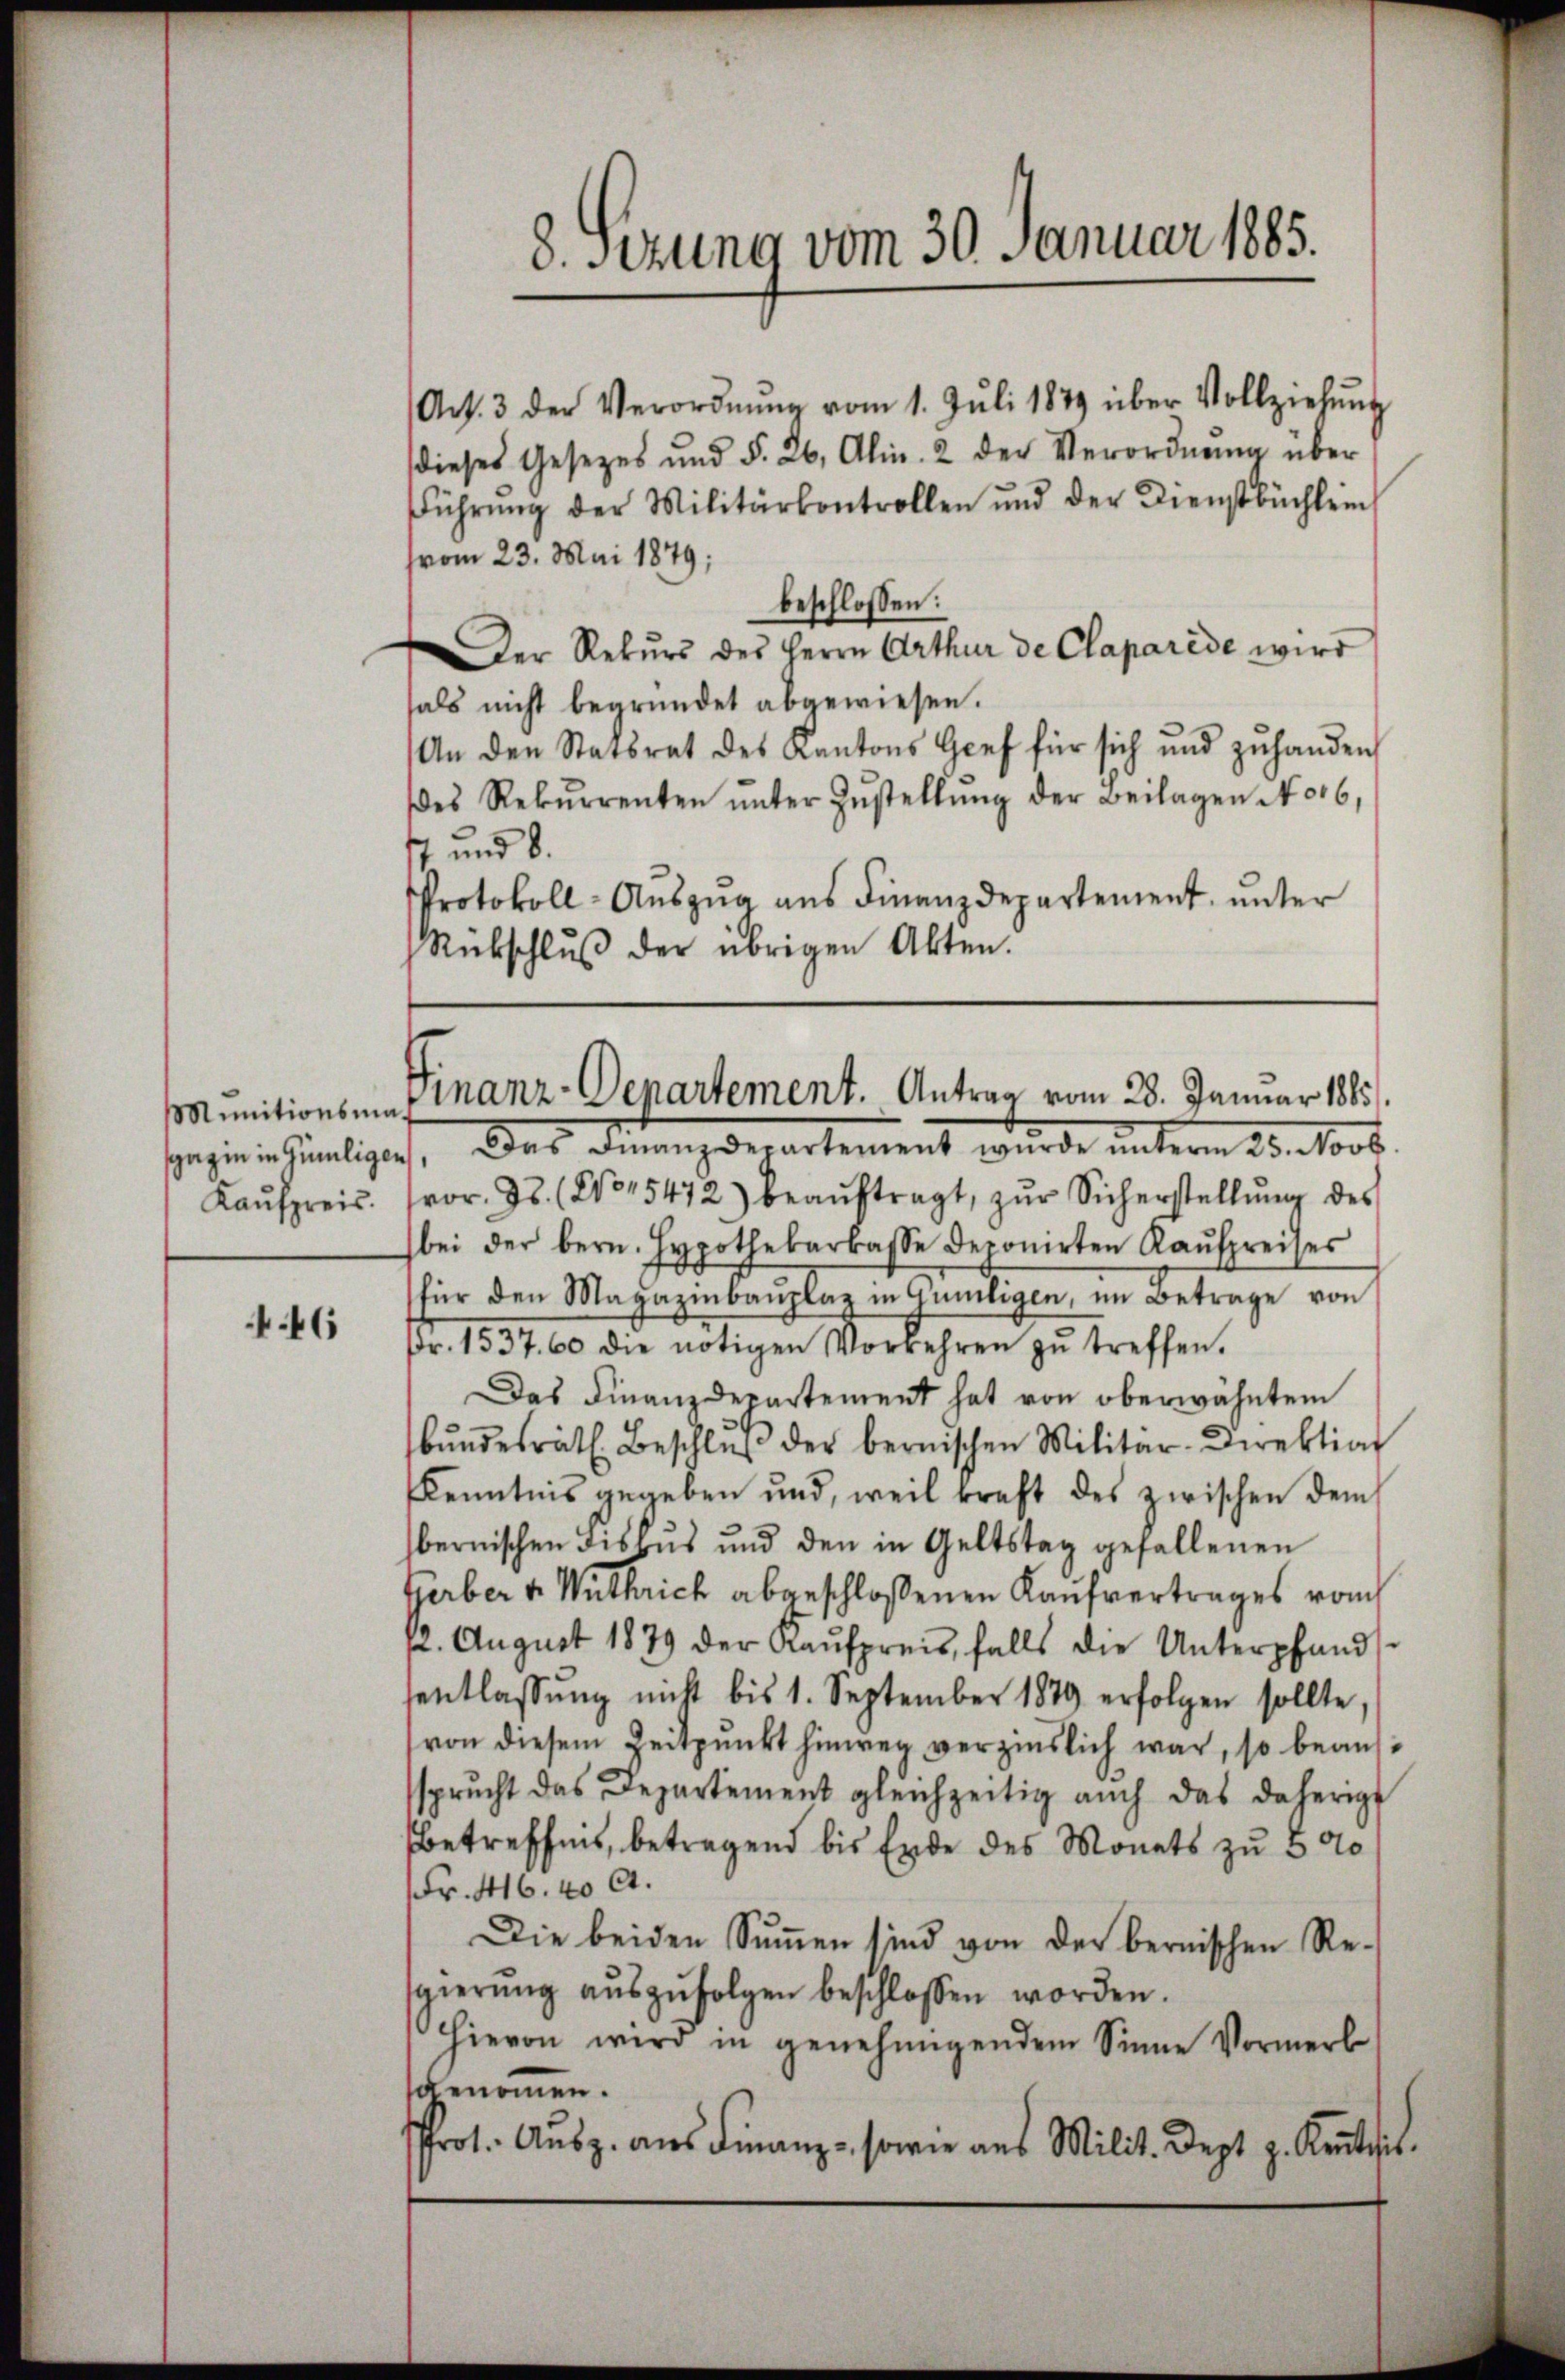
Kaŭfpreis.

446

Art. 3 der Verordnŭng vom 1. Jŭli 1879 über Vollziehŭng
dieses Gesetzes und §. 26, Alin. 2 der Verordnŭng über
führŭng der Militärkontrollen und der Dienstbüchlein
vom 23. Mai 1879;
beschlossen:
Der Rekŭrs des Herrn Arthur de Claparede wird
hals nicht begründet abgewiesen.
An den Statsrat des Kantons Gref für sich und zŭ handen
es Rekŭrrenten ŭnter Zŭstellŭng der Beilagen No16,
7 und 8.
Protokoll-Aŭszŭg ans Finanzdepartement, unter
Rückschlŭβ der übrigen Akten.

8. Sizung vom 30. Januar 1885.

Munitionsen Finanz-Departement. Antrag vom 28. Januar 1885/

gegen in Zünligios. Das Finanzdepartement wurde unterm 20. Novb
vor. 25. (No 15472) beaŭftragt, zur Sicherstellŭng des
bei der bern. Hypothekarkasse deponirten Kaŭfpreises
für den Magazinbaŭplaz in Günligen, im Betrage von
Fr. 1537. 60 die nötigen Vorrehren zŭ treffen.
Das Finanzdepartement hat von oberwähntem
bŭndesräth. Beschlŭβ der bernischen Militär-Direktion
Kenntnis gegeben und, weil kraft des zwischen dem
bernischen Fiskus und den in Geltstag gefallenen
Gerber v. Wuthrich abgeschloßenen Kaufvertrages vom
12. August 1879 der Kaŭfpreis, falls die Unterpfands-
sentlassŭng nicht bis 1. September 1879 erfolgen sollte,
von diesem Zeitpunkt hinweg verzinslich war, so beaufsprucht das Departement gleichzeitig auch das daherige
Betreffnis, betragend bis Ende des Monats zu 5 00
Fr. 416. 40 Ct.
Die beiden Summen sind von der bernischen Resgierŭng aŭszŭfolgen beschlossen worden.
Hievon wird in genehmigendem Sinne Vormerk
scbenommen.
Prot. Aŭsz. aŭs Finanz-, sowie aus Milit. Dezt z. Kantit.